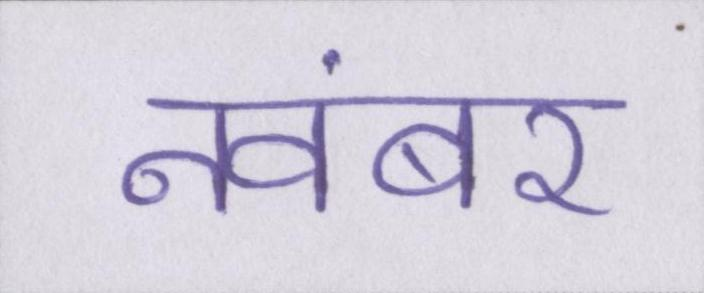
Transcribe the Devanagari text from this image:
नवंबर